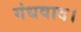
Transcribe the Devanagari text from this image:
गंधवाद।